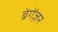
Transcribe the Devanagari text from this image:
ब्रेगेंज़र